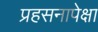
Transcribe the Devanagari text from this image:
प्रहसनापेक्षा